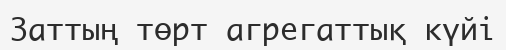
Заттың төрт агрегаттық күйі